Annual vaccination report of Bihar and Orissa - 1911-1928
Year: 1911
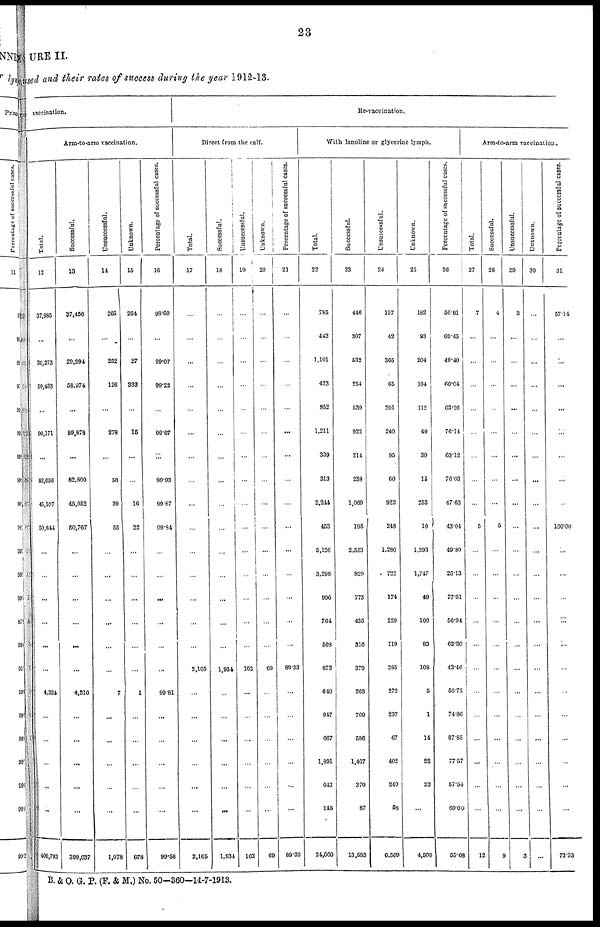
23
URE II.
used and their rates of success during the year 1912-13.
vaccination.
Arm-to-arm vaccination.
Total.
12
37,985
...
30,273
59,433
...
90,171
...
82,056
43,107
50,844
...
...
...
...
...
...
4,324
...
...
...
...
...
400,793
Successful.
13
37,456
...
29,994
56,974
...
89,878
...
82,600
45,052
50,767
...
...
...
...
...
...
4,316
...
...
...
...
...
399,037
Unsuccessful.
14
265
...
252
126
...
278
...
56
39
55
...
...
...
...
...
...
7
...
...
...
...
...
1,078
Unknown.
15
264
...
27
333
...
15
...
...
16
22
...
...
...
...
...
...
1
...
...
...
...
...
678
Percentage of successful cases.
16
98.60
...
99.07
99.22
...
99.67
...
99.93
99.87
09.84
...
...
...
...
...
...
99.81
...
...
...
...
...
99.58
Re-vaccination.
Direct from the calf.
Total.
17
...
...
...
...
...
...
...
...
...
...
...
...
...
...
...
2,165
...
...
...
...
...
...
2,165
Successful.
18
...
...
...
...
...
...
...
...
...
...
...
...
...
...
...
1,934
...
...
...
...
...
...
1,931
Unsuccessful.
19
...
...
...
...
...
...
...
...
...
...
...
...
...
...
...
162
...
...
...
...
...
...
162
Unknown.
20
...
...
...
...
...
...
...
...
...
...
...
...
...
...
...
69
...
...
...
...
...
...
69
Percentage of successful cases.
21
...
...
...
...
...
...
...
...
...
...
...
...
...
...
...
89.33
...
...
...
...
...
...
89.33
With lanoline or glycerine lymph.
Total.
22
785
442
1,101
423
852
1,211
339
313
2,244
453
5,126
3,298
996
764
503
872
640
947
667
1,891
643
145
24,660
Successful.
23
446
307
532
254
539
922
214
238
1,069
195
2,553
829
773
435
316
379
363
709
586
1,467
370
87
13,583
Unsuccessful.
24
157
42
365
65
201
240
95
60
922
248
1,280
722
174
229
119
385
272
237
67
402
240
58
6,569
Unknown.
25
182
93
204
104
112
49
30
15
253
10
1,203
1,747
49
100
83
108
5
1
14
22
33
...
4,508
Percentage of successful cases.
26
56.81
69.45
48.40
60.04
63.26
76.14
63.12
76.03
47.63
43.04
49.80
25.13
77.61
56.94
62.20
43.46
56.72
74.86
87.85
77.57
57.54
60.00
55.08
Arm-to-arm vaccination.
Total.
27
7
...
...
...
...
...
...
...
...
5
...
...
...
...
...
...
...
...
...
...
...
...
12
Successful.
28
4
...
...
...
...
...
...
...
...
5
...
...
...
...
...
...
...
...
...
...
...
...
9
Unsuccessful.
29
3
...
...
...
...
...
....
...
...
...
...
...
...
...
...
...
...
...
...
...
...
...
3
Unknown.
30
...
...
...
...
...
...
...
...
...
...
...
...
...
...
...
...
...
...
...
...
...
...
...
Percentage of successful cases.
31
57.14
...
...
...
...
...
...
...
...
100.00
...
...
...
...
...
...
...
...
...
...
...
...
73.33
B. & O. G. P. (F. & M.) No. 50-360—14-7-1913.